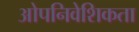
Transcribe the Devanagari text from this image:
ओपनिवेशिकता